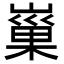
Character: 𡻝